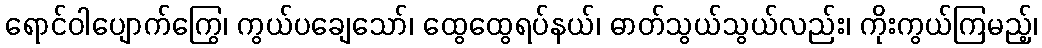
ရောင်ဝါပျောက်ကြွေ၊ ကွယ်ပချေသော်၊ ထွေထွေရပ်နယ်၊ ဓာတ်သွယ်သွယ်လည်း၊ ကိုးကွယ်ကြမည့်၊